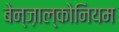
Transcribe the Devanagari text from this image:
बेन्ज़ाल्कोनियम